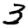
Digit: 3